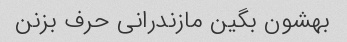
بهشون بگین مازندرانی حرف بزنن